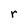
Character: r